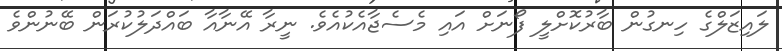
ލައިޒަލްގެ ހިނގުން ބާރުކޮށްލީ ފޯނަށް އައި މެސެޖާއެކުއެވެ. ނީރާ އޭނާއާ ބައްދަލުކުރަން ބޭނުންވެ